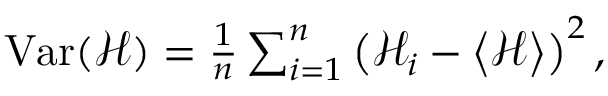
\begin{array} { r } { \operatorname { V a r } ( \mathscr { H } ) = \frac { 1 } { n } \sum _ { i = 1 } ^ { n } \left( \mathscr { H } _ { i } - \left\langle \mathscr { H } \right\rangle \right) ^ { 2 } , } \end{array}